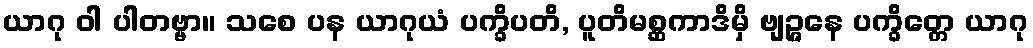
ယာဂု ဝါ ပါတဗ္ဗာ။ သစေ ပန ယာဂုယံ ပက္ခိပတိ, ပူတိမစ္ဆကာဒိမှိ ဗျဉ္ဇနေ ပက္ခိတ္တေ ယာဂု